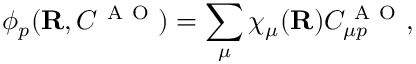
\phi _ { p } ( { \mathbf { R } } , C ^ { \mathrm { ~ A ~ O ~ } } ) = \sum _ { \mu } \chi _ { \mu } ( { \mathbf { R } } ) C _ { \mu p } ^ { \mathrm { ~ A ~ O ~ } } ,